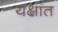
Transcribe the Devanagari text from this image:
यक्षांत